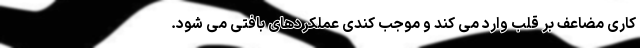
کاری مضاعف بر قلب وارد می کند و موجب کندی عملکردهای بافتی می شود.